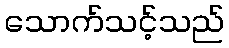
သောက်သင့်သည်